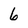
Character: 6